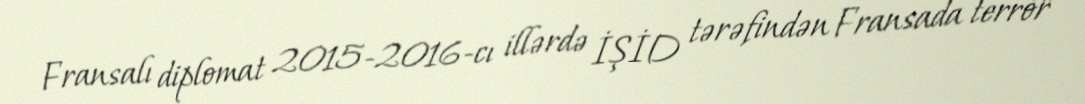
Fransalı diplomat 2015-2016-cı illərdə İŞİD tərəfindən Fransada terror